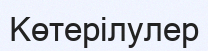
Көтерілулер